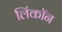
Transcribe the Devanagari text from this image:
लिंकॉन